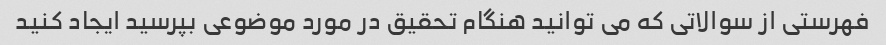
فهرستی از سوالاتی که می توانید هنگام تحقیق در مورد موضوعی بپرسید ایجاد کنید